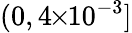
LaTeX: (0,4\! \! \times\! \! 10^{-3}]